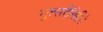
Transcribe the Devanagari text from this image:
मुत्सद्देगिरीने